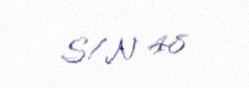
S/N 48